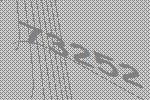
73252